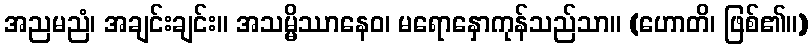
အညမညံ၊ အချင်းချင်း။ အသမ္မိဿာနေဝ၊ မရောနှောကုန်သည်သာ။ (ဟောတိ၊ ဖြစ်၏။)